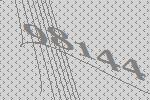
98144